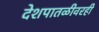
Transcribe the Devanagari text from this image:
देशपातळीवरही